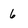
Character: 6